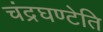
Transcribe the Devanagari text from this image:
चंद्रघण्टेति